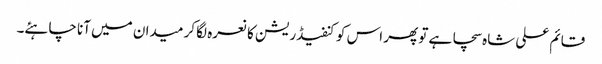
قائم علی شاہ سچا ہے تو پھر اس کو کنفیڈریشن کا نعرہ لگا کر میدان میں آنا چاہئے۔